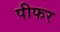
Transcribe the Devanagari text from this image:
पीफर